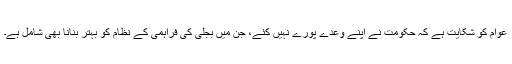
عوام کو شکايت ہے کہ حکومت نے اپنے وعدے پورے نہيں کئے، جن ميں بجلی کی فراہمی کے نظام کو بہتر بنانا بھی شامل ہے۔